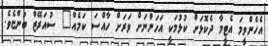
އެހެންވީމަ އެޓީމާ ދެކޮޅަށް ކުޅުމަކީ އަހަންނަށް ވަރަށް ހާއްސަ ކަމެއް" ސުއަރޭޒް ބުންޏެވެ.